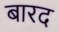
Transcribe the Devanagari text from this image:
बारद